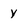
Character: y